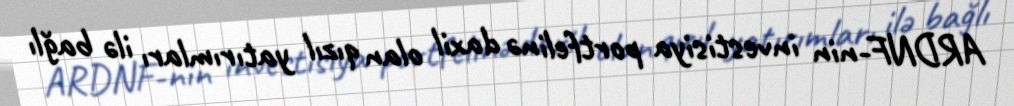
ARDNF-nin investisiya portfelinə daxil olan qızıl yatırımları ilə bağlı